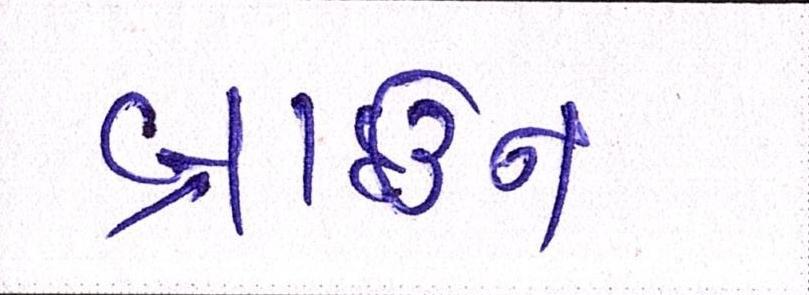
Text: બ્રાઉન